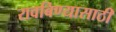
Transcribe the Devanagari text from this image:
रावबिण्यासाठी